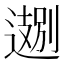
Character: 𬩁